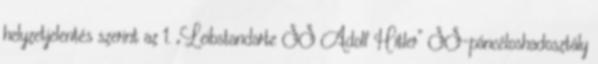
helyzetjelentés szerint az 1. „Leibstandarte SS Adolf Hitler” SS-páncéloshadosztály